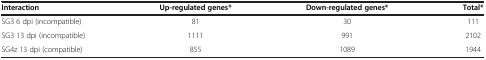
| Interaction | Up-regulated genes* | Down-regulated genes* | Total* |
 | --- | --- | --- | --- |
 | SG3 6 dpi (incompatible) | 81 | 30 | 111 |
 | SG3 13 dpi (incompatible) | 1111 | 991 | 2102 |
 | SG4z 13 dpi (compatible) | 855 | 1089 | 1944 |